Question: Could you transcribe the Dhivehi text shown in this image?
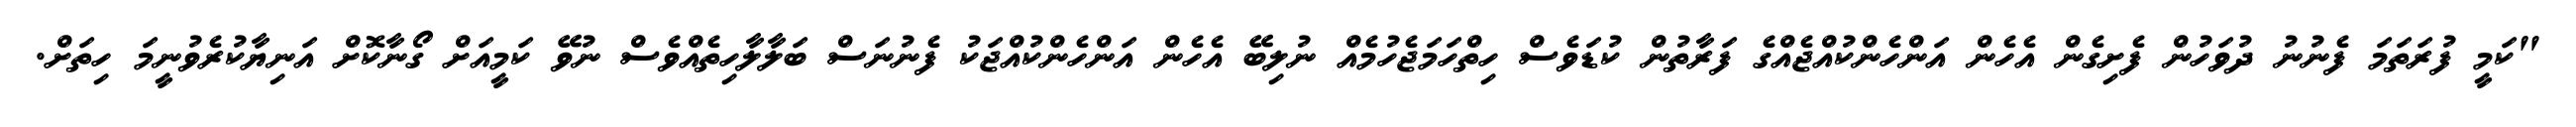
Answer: "ކަމީ ފުރަތަމަ ފެނުނު ދުވަހުން ފެށިގެން އެހެން އަންހެންކުއްޖެއްގެ ފަރާތުން ކުޑަވެސް ހިތްހަމަޖެހުމެއް ނުލިބޭ އެހެން އަންހެންކުއްޖަކު ފެނުނަސް ބަލާލާހިތެއްވެސް ނުވޭ ކަމީއަށް ގޯނާކޮށް އަނިޔާކުރެވުނީމަ ހިތަށް.